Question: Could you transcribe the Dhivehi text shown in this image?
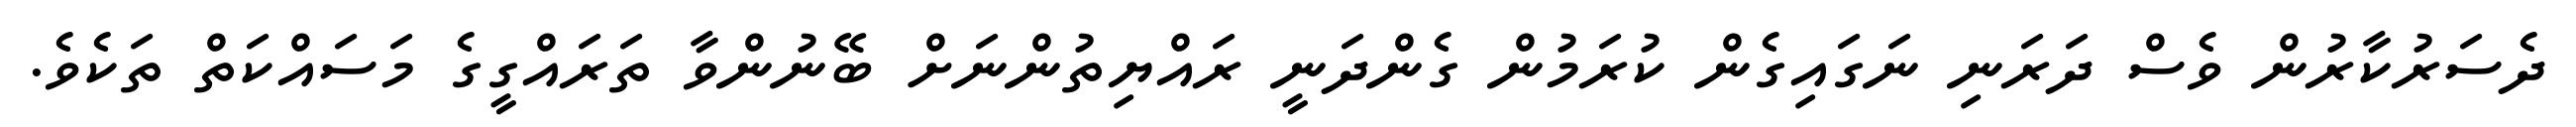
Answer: ދެސަރުކާރުން ވެސް ދަރަނި ނަގައިގެން ކުރަމުން ގެންދަނީ ރައްޔިތުންނަށް ބޭނުންވާ ތަރައްގީގެ މަސައްކަތް ތަކެވެ.